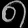
Digit: ၈